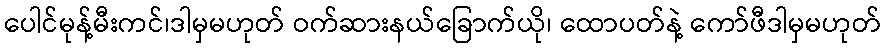
ပေါင်မုန့်မီးကင်၊ဒါမှမဟုတ် ဝက်ဆားနယ်ခြောက်ယို၊ ထောပတ်နဲ့ ကော်ဖီဒါမှမဟုတ်